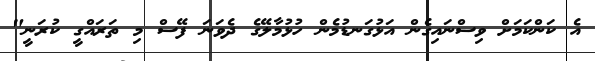
އެ ކަންކަމަށް ވިސްނައިގެން އަޅުގަނޑުމެން ހުޅުމާލޭގެ ދެވަނަ ފޭސް މި ތަރައްގީ ކުރަނީ"